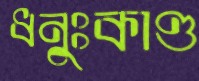
ধনুঃকাণ্ড